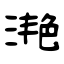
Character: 滟